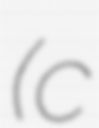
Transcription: (c